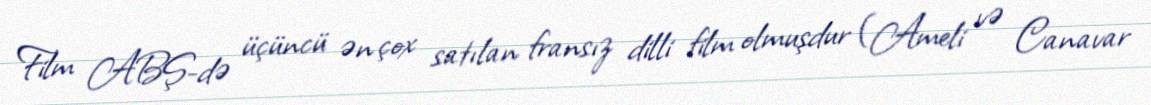
Film ABŞ-də üçüncü ən çox satılan fransız dilli film olmuşdur (Ameli və Canavar